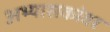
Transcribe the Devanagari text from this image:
अभ्यासकांवर